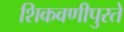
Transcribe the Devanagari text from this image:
शिकवणीपुरते